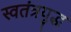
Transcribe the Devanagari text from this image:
स्वतंत्रयुद्ध